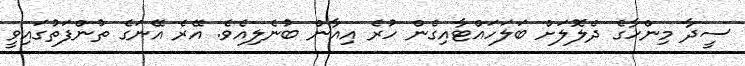
ސީދާ މިންހާގެ ދެލޮލަށް ބަލަހައްޓާއިގެން ހުރެ އިއާން ބުނެލިއެވެ. އޭރެ އޭނަގެ ތުންފަތުގައިވީ